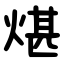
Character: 煁